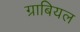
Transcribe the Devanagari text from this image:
ग्राबियल